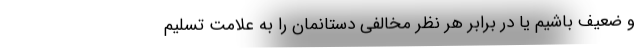
و ضعیف باشیم یا در برابر هر نظر مخالفی دستانمان را به علامت تسلیم